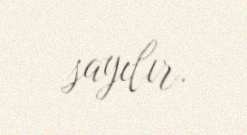
sayılır.